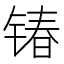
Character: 𮸔